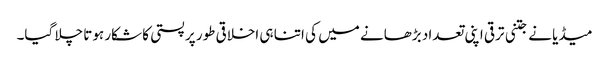
میڈیا نے جتنی ترقی اپنی تعداد بڑھانے میں کی اتنا ہی اخلاقی طور پر پستی کا شکار ہوتا چلا گیا۔